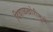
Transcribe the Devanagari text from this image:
दिवाळखोरीमुळे